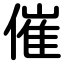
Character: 催